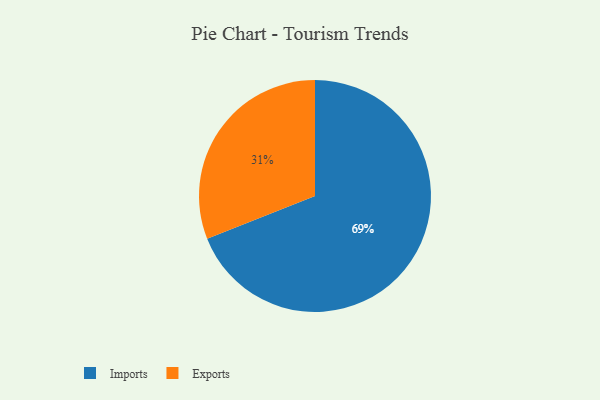
{"axis": {"x": "Category", "y": "Percentage"}, "legend": ["Exports", "Imports"], "data": [{"x": "Imports", "y": 69, "type": "Imports"}, {"x": "Exports", "y": 31, "type": "Exports"}]}